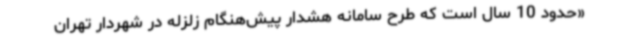
«حدود 10 سال است که طرح سامانه هشدار پیش‌هنگام زلزله در شهردار تهران